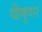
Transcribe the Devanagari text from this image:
धीकुवार